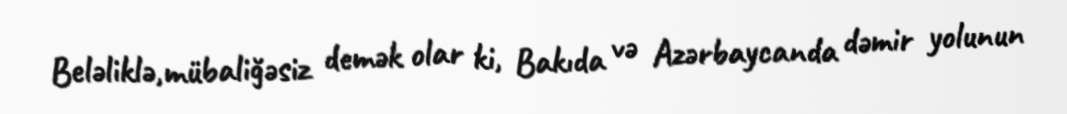
Beləliklə,mübaliğəsiz demək olar ki, Bakıda və Azərbaycanda dəmir yolunun